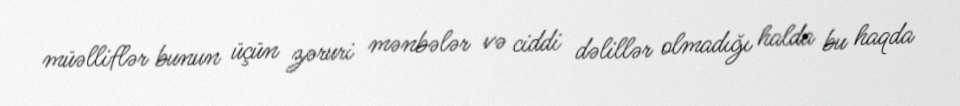
müəlliflər bunun üçün zəruri mənbələr və ciddi dəlillər olmadığı halda bu haqda